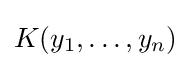
K(y_{1},\dots ,y_{n})